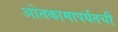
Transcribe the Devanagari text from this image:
ओतकामापर्यंतची